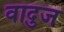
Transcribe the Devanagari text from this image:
वादुज